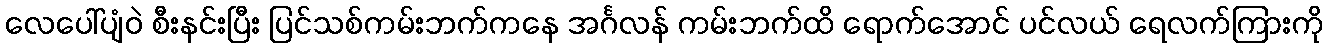
လေပေါ်ပျံဝဲ စီးနင်းပြီး ပြင်သစ်ကမ်းဘက်ကနေ အင်္ဂလန် ကမ်းဘက်ထိ ရောက်အောင် ပင်လယ် ရေလက်ကြားကို